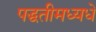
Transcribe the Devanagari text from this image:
पद्धतीमध्यधे